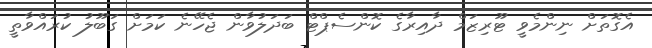
އެގޮތަށް ނިންމެވީ ޓޫރިޒަމް ދާއިރާގެ ކޮންސެޕްޓް ބަދަލުވާން ޖެހޭނެ ކަމަށް ގަބޫލު ކުރައްވާތީ